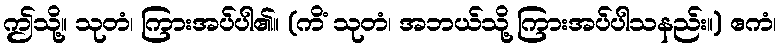
ဤသို့။ သုတံ၊ ကြားအပ်ပါ၏။ (ကိံ သုတံ၊ အဘယ်သို့ ကြားအပ်ပါသနည်း။) ဧကံ၊